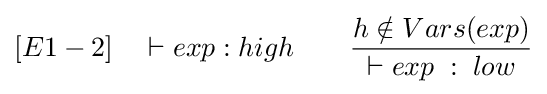
[E1-2]\quad \vdash exp:high\qquad {\frac {h\notin Vars(exp)}{\vdash exp\;:\;low}}